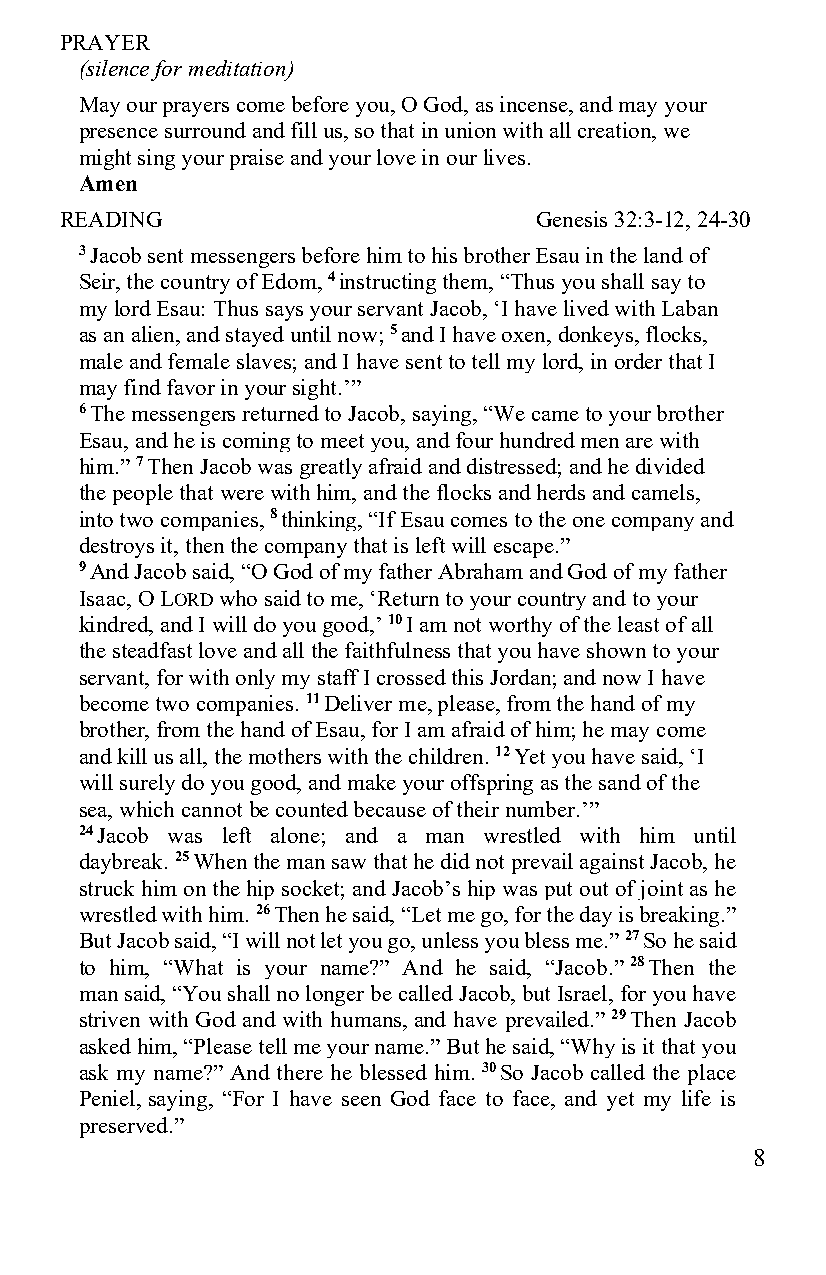
PRAYER
 (silence for meditation)
 May our prayers come before you, O God, as incense, and may your
 presence surround and fill us, so that in union with all creation, we
 might sing your praise and your love in our lives.
 Amen
 READING                        Genesis 32:3-12, 24-30
 3 Jacob sent messengers before him to his brother Esau in the land of
 Seir, the country of Edom, 4 instructing them, “Thus you shall say to
 my lord Esau: Thus says your servant Jacob, ‘I have lived with Laban
 as an alien, and stayed until now; 5 and I have oxen, donkeys, flocks,
 male and female slaves; and I have sent to tell my lord, in order that I
 may find favor in your sight.’”
 6 The messengers returned to Jacob, saying, “We came to your brother
 Esau, and he is coming to meet you, and four hundred men are with
 him.” 7 Then Jacob was greatly afraid and distressed; and he divided
 the people that were with him, and the flocks and herds and camels,
 into two companies, 8 thinking, “If Esau comes to the one company and
 destroys it, then the company that is left will escape.”
 9 And Jacob said, “O God of my father Abraham and God of my father
 Isaac, O LORD who said to me, ‘Return to your country and to your
 kindred, and I will do you good,’ 10 I am not worthy of the least of all
 the steadfast love and all the faithfulness that you have shown to your
 servant, for with only my staff I crossed this Jordan; and now I have
 become two companies. 11 Deliver me, please, from the hand of my
 brother, from the hand of Esau, for I am afraid of him; he may come
 and kill us all, the mothers with the children. 12 Yet you have said, ‘I
 will surely do you good, and make your offspring as the sand of the
 sea, which cannot be counted because of their number.’”
 24 Jacob was left alone; and a man wrestled with him until
 daybreak. 25 When the man saw that he did not prevail against Jacob, he
 struck him on the hip socket; and Jacob’s hip was put out of joint as he
 wrestled with him. 26 Then he said, “Let me go, for the day is breaking.”
 But Jacob said, “I will not let you go, unless you bless me.” 27 So he said
 to him, “What is your name?” And he said, “Jacob.” 28 Then the
 man said, “You shall no longer be called Jacob, but Israel, for you have
 striven with God and with humans, and have prevailed.” 29 Then Jacob
 asked him, “Please tell me your name.” But he said, “Why is it that you
 ask my name?” And there he blessed him. 30 So Jacob called the place
 Peniel, saying, “For I have seen God face to face, and yet my life is
 preserved.”
 8